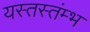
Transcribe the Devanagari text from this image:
यस्तस्तंम्भ